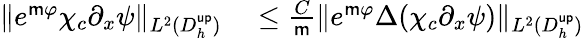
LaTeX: \begin{array}{rl}{\| e^{\mathsf{m}\varphi}\chi_{c}\partial_{x}\psi\| _{L^{2}(D_{h}^{\mathsf{up}})}}&{{}\leq\frac{C}{\mathsf{m}}\| e^{\mathsf{m}\varphi}\Delta(\chi_{c}\partial_{x}\psi)\| _{L^{2}(D_{h}^{\mathsf{up}})}}\end{array}